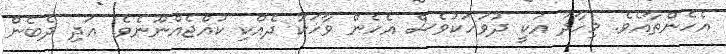
އެހެންތާއެވެ. މިހާދު އަކީ ދުވަހަކުވެސް އެހެން ވާހަކަ ދެއްކި ކުއްޖެއްނޫނެވެ. އަދި ދެބެން